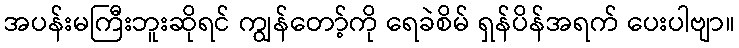
အပန်းမကြီးဘူးဆိုရင် ကျွန်တော့်ကို ရေခဲစိမ် ရှန်ပိန်အရက် ပေးပါဗျာ။